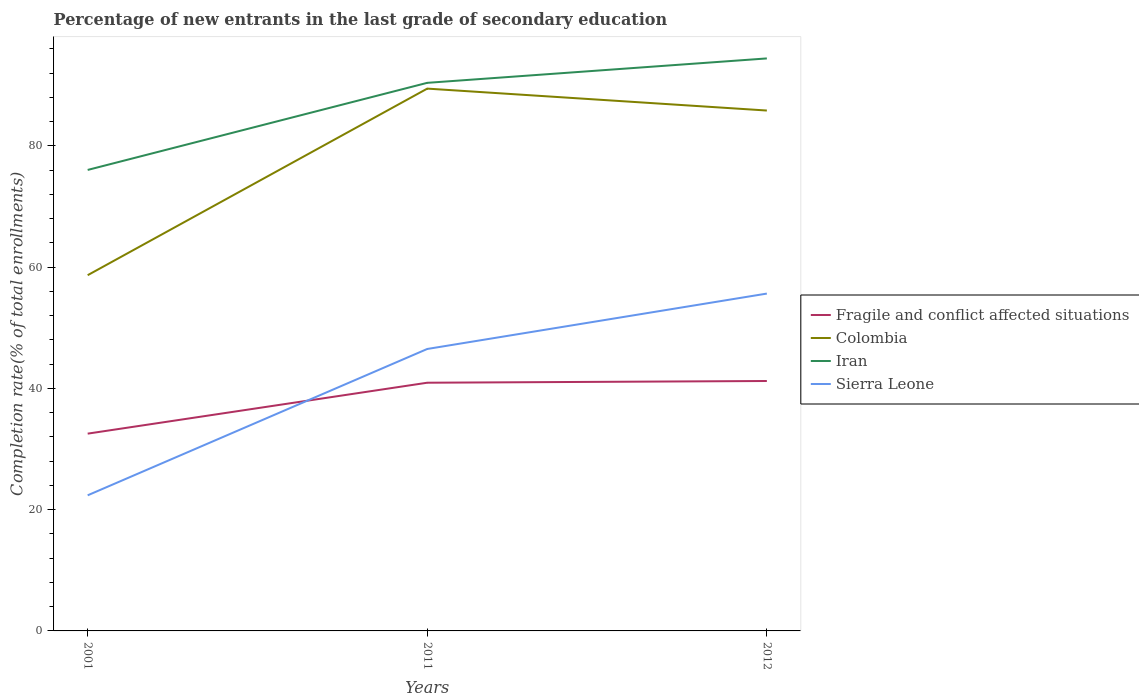
| Years | Fragile and conflict affected situations | Colombia | Iran | Sierra Leone |
 | --- | --- | --- | --- | --- |
 | 2001 | 32.5 | 58.7 | 76 | 22.4 |
 | 2011 | 40.9 | 89.4 | 90.4 | 46.5 |
 | 2012 | 41.2 | 85.8 | 94.4 | 55.6 |